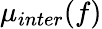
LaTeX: \mu_{inter}(f)